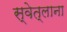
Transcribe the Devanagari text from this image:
स्वेत्लाना